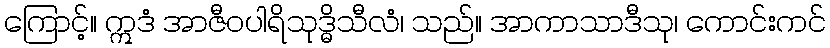
ကြောင့်။ ဣဒံ အာဇီဝပါရိသုဒ္ဓိသီလံ၊ သည်။ အာကာသာဒီသု၊ ကောင်းကင်